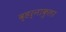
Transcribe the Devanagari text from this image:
व्हर्नाकुलर